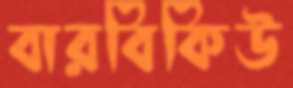
বারবিকিউ